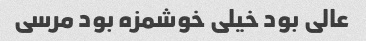
عالی بود خیلی خوشمزه بود مرسی